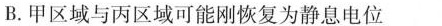
B.甲区域与丙区域可能刚恢复为静息电位